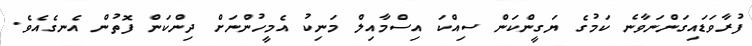
ފުރާވަޑައިގަންނަވާނެ ކަމުގެ ޔަގީންކަން ސިއްކަ އިސްމާއިލް މަނިކު އެމީހުންނަށް ދިންކަން ފޮތުން އެނގެއެވެ.